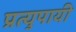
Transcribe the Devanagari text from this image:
प्रत्युपायी